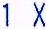
1 X